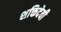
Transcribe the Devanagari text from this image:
शक्तिदेवी